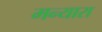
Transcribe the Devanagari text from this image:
मन्यारा